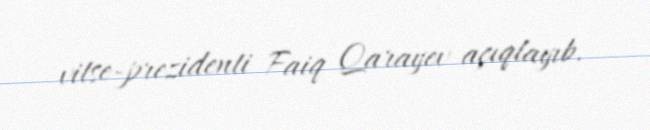
vitse-prezidenti Faiq Qarayev açıqlayıb.